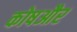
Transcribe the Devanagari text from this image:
कोषऔर